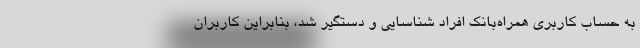
به حساب کاربری همراه‌بانک افراد شناسایی و دستگیر شد، بنابراین کاربران